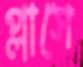
প্লাসে